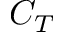
C _ { T }